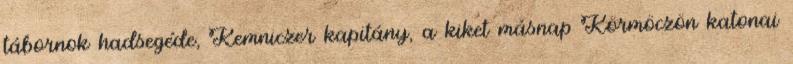
tábornok hadsegéde, Kemniczer kapitány, a kiket másnap Körmöczön katonai